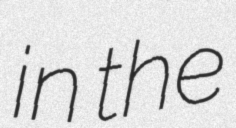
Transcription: in the